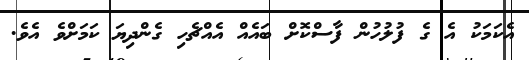
އެކަމަކު އެ ގެ ފުލުހުން ފާސްކޮށް ބައެއް އެއްޗެހި ގެންދިޔަ ކަމަށްވެ އެވެ.